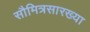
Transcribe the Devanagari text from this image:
सौमित्रसारख्या